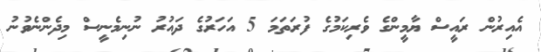
އެއިރުން ރައީސް ޔާމީންގެ ވެރިކަމުގެ ފުރަތަމަ 5 އަހަރުގެ ދައުރު ނުނިމެނީސް މިދެންނެވުނު